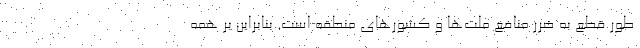
طور قطع به ضرر منافع ملّت‌ها و کشورهای منطقه است. بنابراین بر همه